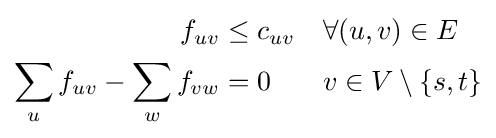
{\begin{aligned}f_{uv}&\leq c_{uv}&&\forall (u,v)\in E\\\sum _{u}f_{uv}-\sum _{w}f_{vw}&=0&&v\in V\setminus \{s,t\}\end{aligned}}